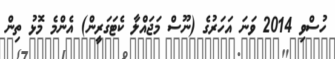
ހުސްވި 2014 ވަނަ އަހަރުގެ (ނޫސް މަޖައްލާ ކެޓަގަރީން) އެންމެ މޮޅު ތިން